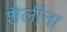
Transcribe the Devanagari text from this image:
शैलींना